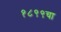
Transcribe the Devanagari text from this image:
१८९९चा